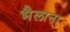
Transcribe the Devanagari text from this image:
भैलाना